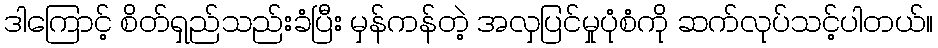
ဒါကြောင့် စိတ်ရှည်သည်းခံပြီး မှန်ကန်တဲ့ အလှပြင်မှုပုံစံကို ဆက်လုပ်သင့်ပါတယ်။